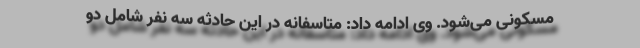
مسکونی می‌شود. وی ادامه داد: متاسفانه در این حادثه سه نفر شامل دو